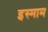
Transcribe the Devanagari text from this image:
इस्माम